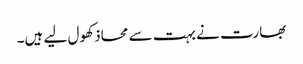
بھارت نے بہت سے محاذ کھول لیے ہیں۔